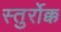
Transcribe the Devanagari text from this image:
स्तुर्रोक्क